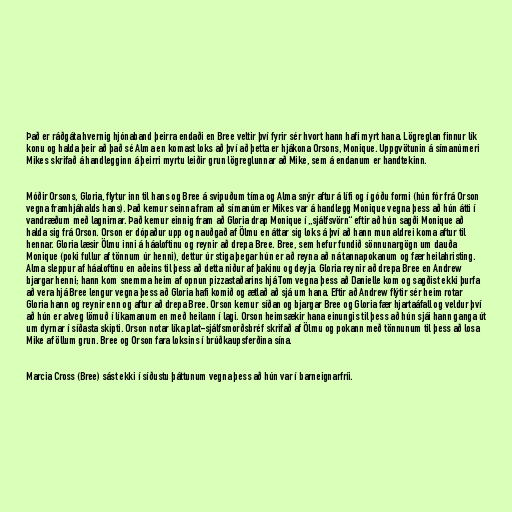
Það er ráðgáta hvernig hjónaband þeirra endaði en Bree veltir því fyrir sér hvort hann hafi myrt hana. Lögreglan finnur lík
konu og halda þeir að það sé Alma en komast loks að því að þetta er hjákona Orsons, Monique. Uppgvötunin á símanúmeri
Mikes skrifað á handlegginn á þeirri myrtu leiðir grun lögreglunnar að Mike, sem á endanum er handtekinn.

Móðir Orsons, Gloria, flytur inn til hans og Bree á svipuðum tíma og Alma snýr aftur á lífi og í góðu formi (hún fór frá Orson
vegna framhjáhalds hans). Það kemur seinna fram að símanúmer Mikes var á handlegg Monique vegna þess að hún átti í
vandræðum með lagnirnar. Það kemur einnig fram að Gloria drap Monique í „sjálfsvörn“ eftir að hún sagði Monique að
halda sig frá Orson. Orson er dópaður upp og nauðgað af Ölmu en áttar sig loks á því að hann mun aldrei koma aftur til
hennar. Gloria læsir Ölmu inni á háaloftinu og reynir að drepa Bree. Bree, sem hefur fundið sönnunargögn um dauða
Monique (poki fullur af tönnum úr henni), dettur úr stiga þegar hún er að reyna að ná tannapokanum og fær heilahristing.
Alma sleppur af háaloftinu en aðeins til þess að detta niður af þakinu og deyja. Gloria reynir að drepa Bree en Andrew
bjargar henni; hann kom snemma heim af opnun pizzastaðarins hjá Tom vegna þess að Danielle kom og sagðist ekki þurfa
að vera hjá Bree lengur vegna þess að Gloria hafi komið og ætlað að sjá um hana. Eftir að Andrew flýtir sér heim rotar
Gloria hann og reynir enn og aftur að drepa Bree. Orson kemur síðan og bjargar Bree og Gloria fær hjartaáfall og veldur því
að hún er alveg lömuð í líkamanum en með heilann í lagi. Orson heimsækir hana einungis til þess að hún sjái hann ganga út
um dyrnar í síðasta skipti. Orson notar líka plat-sjálfsmorðsbréf skrifað af Ölmu og pokann með tönnunum til þess að losa
Mike af öllum grun. Bree og Orson fara loksins í brúðkaupsferðina sína.

Marcia Cross (Bree) sást ekki í síðustu þáttunum vegna þess að hún var í barneignarfríi.